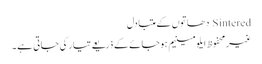
Sintered دھاتوں کے متبادل
غیرمحفوظ ایلومینیم ہوجائے کے ذریعے تیار کی جاتی ہے ۔